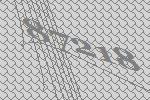
87218